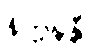
နိက္ကဍ္ဎန္တီ